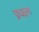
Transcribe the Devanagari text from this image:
प्रधक्षण